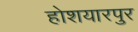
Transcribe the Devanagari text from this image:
होशयारपुर